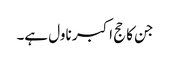
جن کا حج اکبر ناول ہے۔